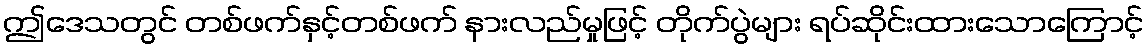
ဤဒေသတွင် တစ်ဖက်နှင့်တစ်ဖက် နားလည်မှုဖြင့် တိုက်ပွဲများ ရပ်ဆိုင်းထားသောကြောင့်